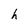
Character: h